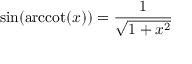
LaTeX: \sin ( \operatorname { a r c c o t } ( x ) ) = { \frac { 1 } { \sqrt { 1 + x ^ { 2 } } } }